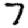
Digit: 7